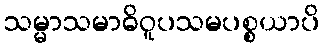
သမ္မာသမာဓိဝူပသမပစ္စယာပိ